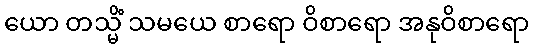
ယော တသ္မိံ သမယေ စာရော ဝိစာရော အနုဝိစာရော